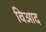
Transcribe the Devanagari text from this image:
विआद